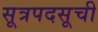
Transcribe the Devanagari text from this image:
सूत्रपदसूची